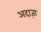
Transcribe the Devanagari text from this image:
अदाज़ा